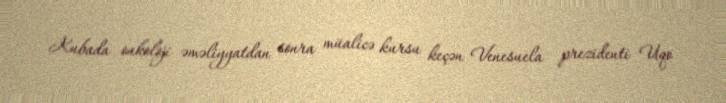
Kubada onkoloji əməliyyatdan sonra müalicə kursu keçən Venesuela prezidenti Uqo